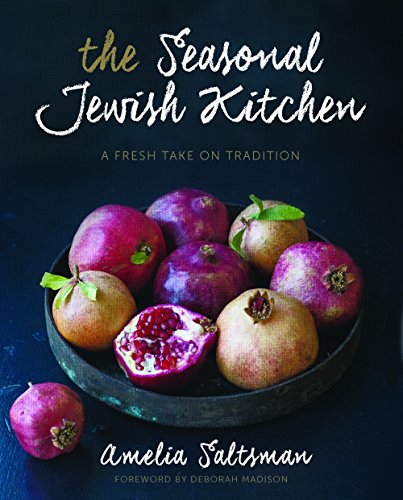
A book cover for The Seasonal Jewish Kitchen: A Fresh Take on Tradition; Amelia Saltsman; Cookbooks, Food & Wine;